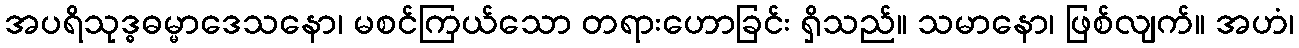
အပရိသုဒ္ဓဓမ္မာဒေသနော၊ မစင်ကြယ်သော တရားဟောခြင်း ရှိသည်။ သမာနော၊ ဖြစ်လျက်။ အဟံ၊